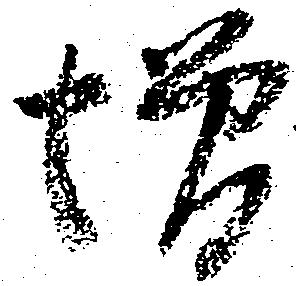
増